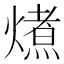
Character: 𭵽